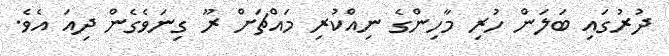
ދުރުގައި ބަލަން ހުރި މާހިންގެ ނިއްކުރި މައްޗަށް ރޫ ގިނަވެގެން ދިއަ އެވެ.